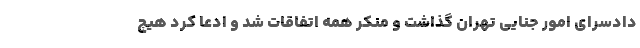
دادسرای امور جنایی تهران گذاشت و منکر همه اتفاقات شد و ادعا کرد هیچ